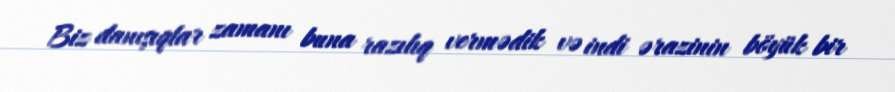
Biz danışıqlar zamanı buna razılıq vermədik və indi ərazinin böyük bir